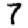
Digit: 7